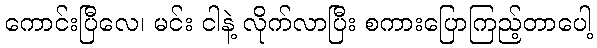
ကောင်းပြီလေ၊ မင်း ငါနဲ့ လိုက်လာပြီး စကားပြောကြည့်တာပေါ့